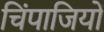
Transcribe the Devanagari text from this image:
चिंपाजियों